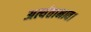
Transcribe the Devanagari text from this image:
अत्यंताभाव।